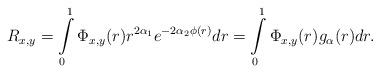
LaTeX: \begin{align*} R_{x,y}=\int\limits_{0}^{1}\Phi_{x,y}(r)r^{2\alpha_1}e^{-2\alpha_2\phi(r)}dr=\int\limits_{0}^{1}\Phi_{x,y}(r)g_{\alpha}(r)dr.\end{align*}